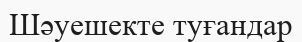
Шәуешекте туғандар